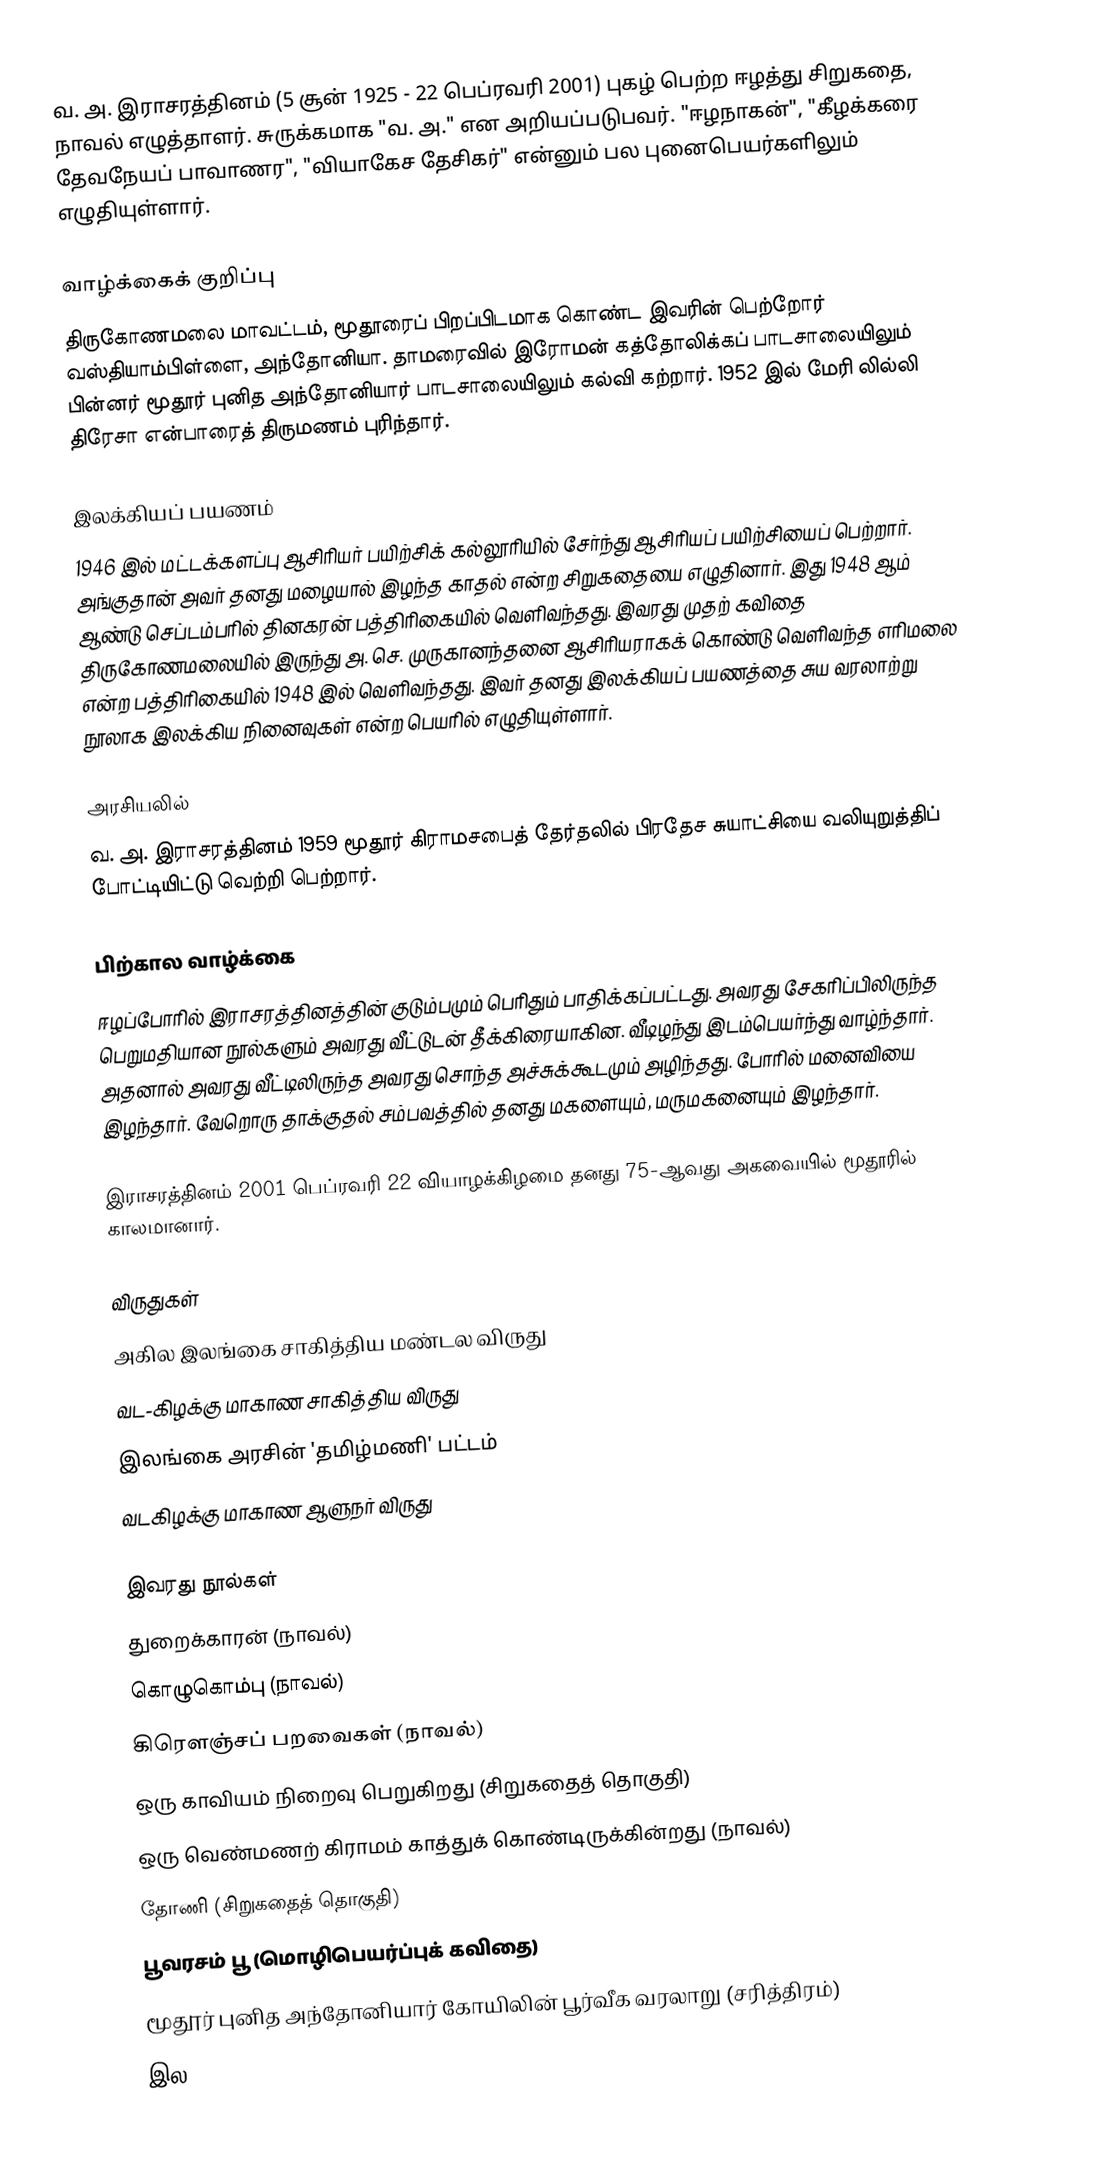
வ. அ. இராசரத்தினம் (5 சூன் 1925 - 22 பெப்ரவரி 2001) புகழ் பெற்ற ஈழத்து சிறுகதை, நாவல் எழுத்தாளர். சுருக்கமாக "வ. அ." என அறியப்படுபவர். "ஈழநாகன்", "கீழக்கரை தேவநேயப் பாவாணர", "வியாகேச தேசிகர்" என்னும் பல புனைபெயர்களிலும் எழுதியுள்ளார்.

வாழ்க்கைக் குறிப்பு
திருகோணமலை மாவட்டம், மூதூரைப் பிறப்பிடமாக கொண்ட இவரின் பெற்றோர் வஸ்தியாம்பிள்ளை, அந்தோனியா. தாமரைவில் இரோமன் கத்தோலிக்கப் பாடசாலையிலும் பின்னர் மூதூர் புனித அந்தோனியார் பாடசாலையிலும் கல்வி கற்றார். 1952 இல் மேரி லில்லி திரேசா என்பாரைத் திருமணம் புரிந்தார்.

இலக்கியப் பயணம்
1946 இல் மட்டக்களப்பு ஆசிரியர் பயிற்சிக் கல்லூரியில் சேர்ந்து ஆசிரியப் பயிற்சியைப் பெற்றார். அங்குதான் அவர் தனது மழையால் இழந்த காதல் என்ற சிறுகதையை எழுதினார். இது 1948 ஆம் ஆண்டு செப்டம்பரில் தினகரன் பத்திரிகையில் வெளிவந்தது. இவரது முதற் கவிதை திருகோணமலையில் இருந்து அ. செ. முருகானந்தனை ஆசிரியராகக் கொண்டு வெளிவந்த எரிமலை என்ற பத்திரிகையில் 1948 இல் வெளிவந்தது. இவர் தனது இலக்கியப் பயணத்தை சுய வரலாற்று நூலாக இலக்கிய நினைவுகள் என்ற பெயரில் எழுதியுள்ளார்.

அரசியலில்
வ. அ. இராசரத்தினம் 1959 மூதூர் கிராமசபைத் தேர்தலில் பிரதேச சுயாட்சியை வலியுறுத்திப் போட்டியிட்டு வெற்றி பெற்றார்.

பிற்கால வாழ்க்கை
ஈழப்போரில் இராசரத்தினத்தின் குடும்பமும் பெரிதும் பாதிக்கப்பட்டது. அவரது சேகரிப்பிலிருந்த பெறுமதியான நூல்களும் அவரது வீட்டுடன் தீக்கிரையாகின. வீடிழந்து இடம்பெயர்ந்து வாழ்ந்தார். அதனால் அவரது வீட்டிலிருந்த அவரது சொந்த அச்சுக்கூடமும் அழிந்தது. போரில் மனைவியை இழந்தார். வேறொரு தாக்குதல் சம்பவத்தில் தனது மகளையும், மருமகனையும் இழந்தார்.

இராசரத்தினம் 2001 பெப்ரவரி 22 வியாழக்கிழமை தனது 75-ஆவது அகவையில் மூதூரில் காலமானார்.

விருதுகள்
அகில இலங்கை சாகித்திய மண்டல விருது
வட-கிழக்கு மாகாண சாகித்திய விருது
இலங்கை அரசின் 'தமிழ்மணி' பட்டம்
வடகிழக்கு மாகாண ஆளுநர் விருது

இவரது நூல்கள்
துறைக்காரன் (நாவல்)
கொழுகொம்பு (நாவல்)
கிரௌஞ்சப் பறவைகள் (நாவல்)
ஒரு காவியம் நிறைவு பெறுகிறது (சிறுகதைத் தொகுதி)
ஒரு வெண்மணற் கிராமம் காத்துக் கொண்டிருக்கின்றது (நாவல்)
தோணி (சிறுகதைத் தொகுதி)
பூவரசம் பூ (மொழிபெயர்ப்புக் கவிதை)
மூதூர் புனித அந்தோனியார் கோயிலின் பூர்வீக வரலாறு (சரித்திரம்)
இல